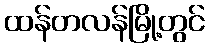
ထန်တလန်မြို့တွင်